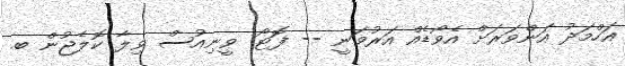
އަހްމަދު އަންވަރަށް އެވޯޑެއް އަރުވަނީ -- ފޮޓޯ: ވީނިއުސް ވިލާ ކޮލެޖުން ބ.